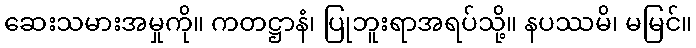
ဆေးသမားအမှုကို။ ကတဋ္ဌာနံ၊ ပြုဘူးရာအရပ်သို့။ နပဿမိ၊ မမြင်။